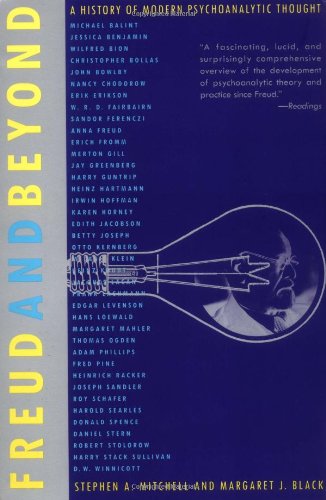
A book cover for Freud and Beyond: A History of Modern Psychoanalytic Thought; Stephen A. Mitchell; Medical Books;